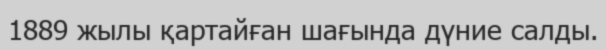
1889 жылы қартайған шағында дүние салды.